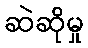
ဆဲဆိုမှု